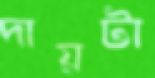
দায়টা